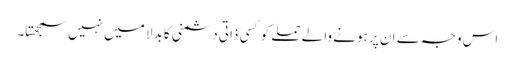
اس وجہ سے ان پر ہونے والے حملے کو کسی ذاتی دشمنی کا بدلا میں نہیں سمجھتا۔